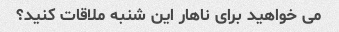
می خواهید برای ناهار این شنبه ملاقات کنید؟